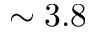
\sim 3 . 8